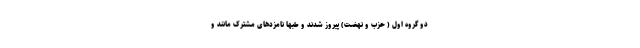
دو گروه اول ( حزب و نهضت) پیروز شدند و طبها نامزدهای مشترک مانند و